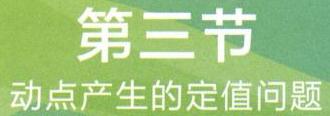
\section{动点产生的定值问题}